Scottish Leaving Certificate Examination, 1960
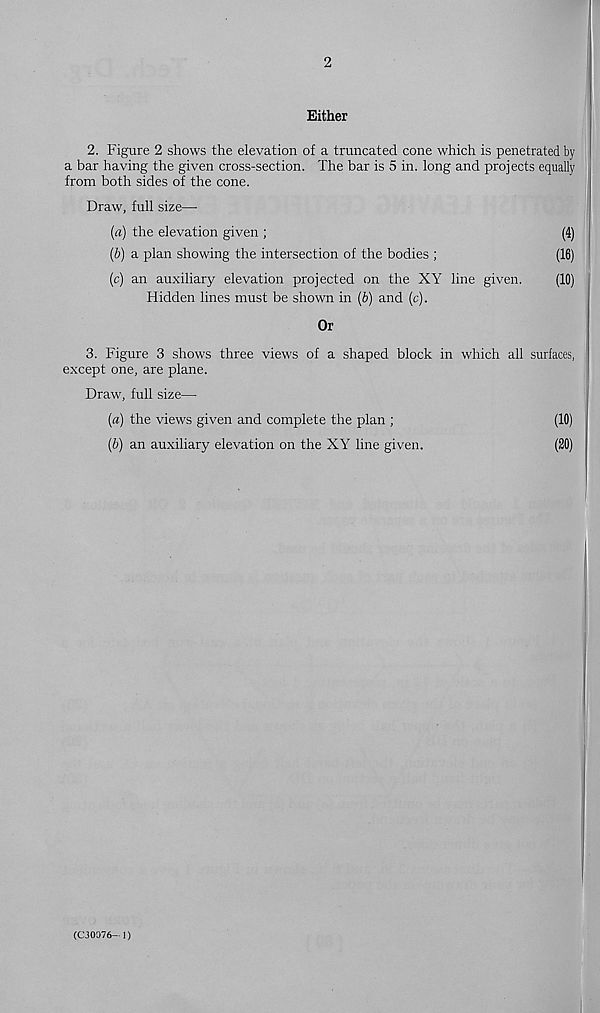
2
Either
2. Figure 2 shows the elevation of a truncated cone which is penetrated by
a bar having the given cross-section. The bar is 5 in. long and projects equally
from both sides of the cone.
Draw, full size—
(a) the elevation given ;
(4)
(b) a plan showing the intersection of the bodies ;
(16)
(c) an auxiliary elevation projected on the XY line given.
(10)
Hidden lines must be shown in (b) and (c).
Or
3. Figure 3 shows three views of a shaped block in which all surfaces,
except one, are plane.
Draw, full size—
(а) the views given and complete the plan ;
(10)
(б) an auxiliary elevation on the XY line given.
(20)
(CJ0376- 1)